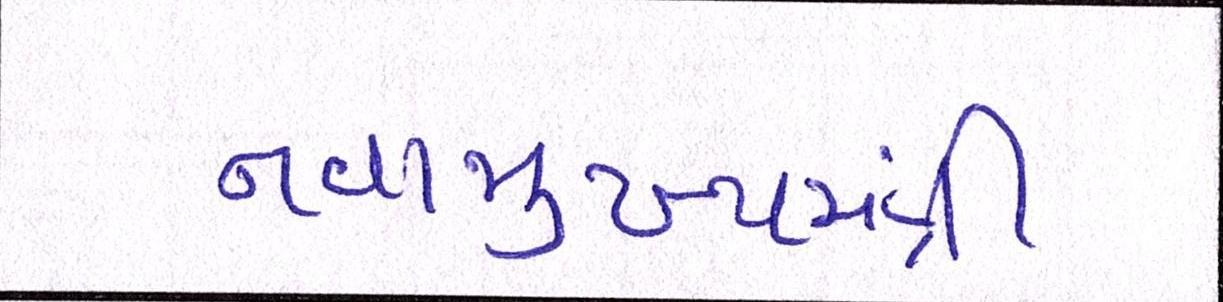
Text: નવામુખ્યમંત્રી